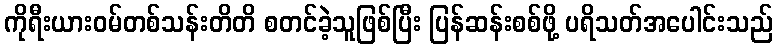
ကိုရီးယားဝမ်တစ်သန်းတိတိ စတင်ခဲ့သူဖြစ်ပြီး ပြန်ဆန်းစစ်ဖို့ ပရိသတ်အပေါင်းသည်